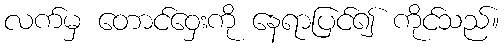
လက်မှ တောင်ဝှေးကို နေရာပြင်၍ ကိုင်သည်။